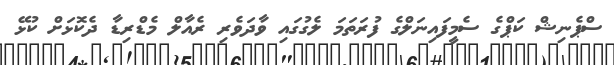
ސްޕެނިޝް ކަޕްގެ ސެމީފައިނަލްގެ ފުރަތަމަ ލެގުގައި ވާދަވެރި ރެއާލް މެޑްރިޑާ ދެކޮޅަށް ކުޅޭ